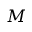
M